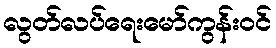
လွတ်လပ်ရေးမော်ကွန်းဝင်